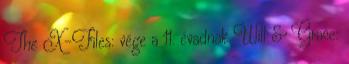
The X-Files: vége a 11. évadnak Will & Grace: